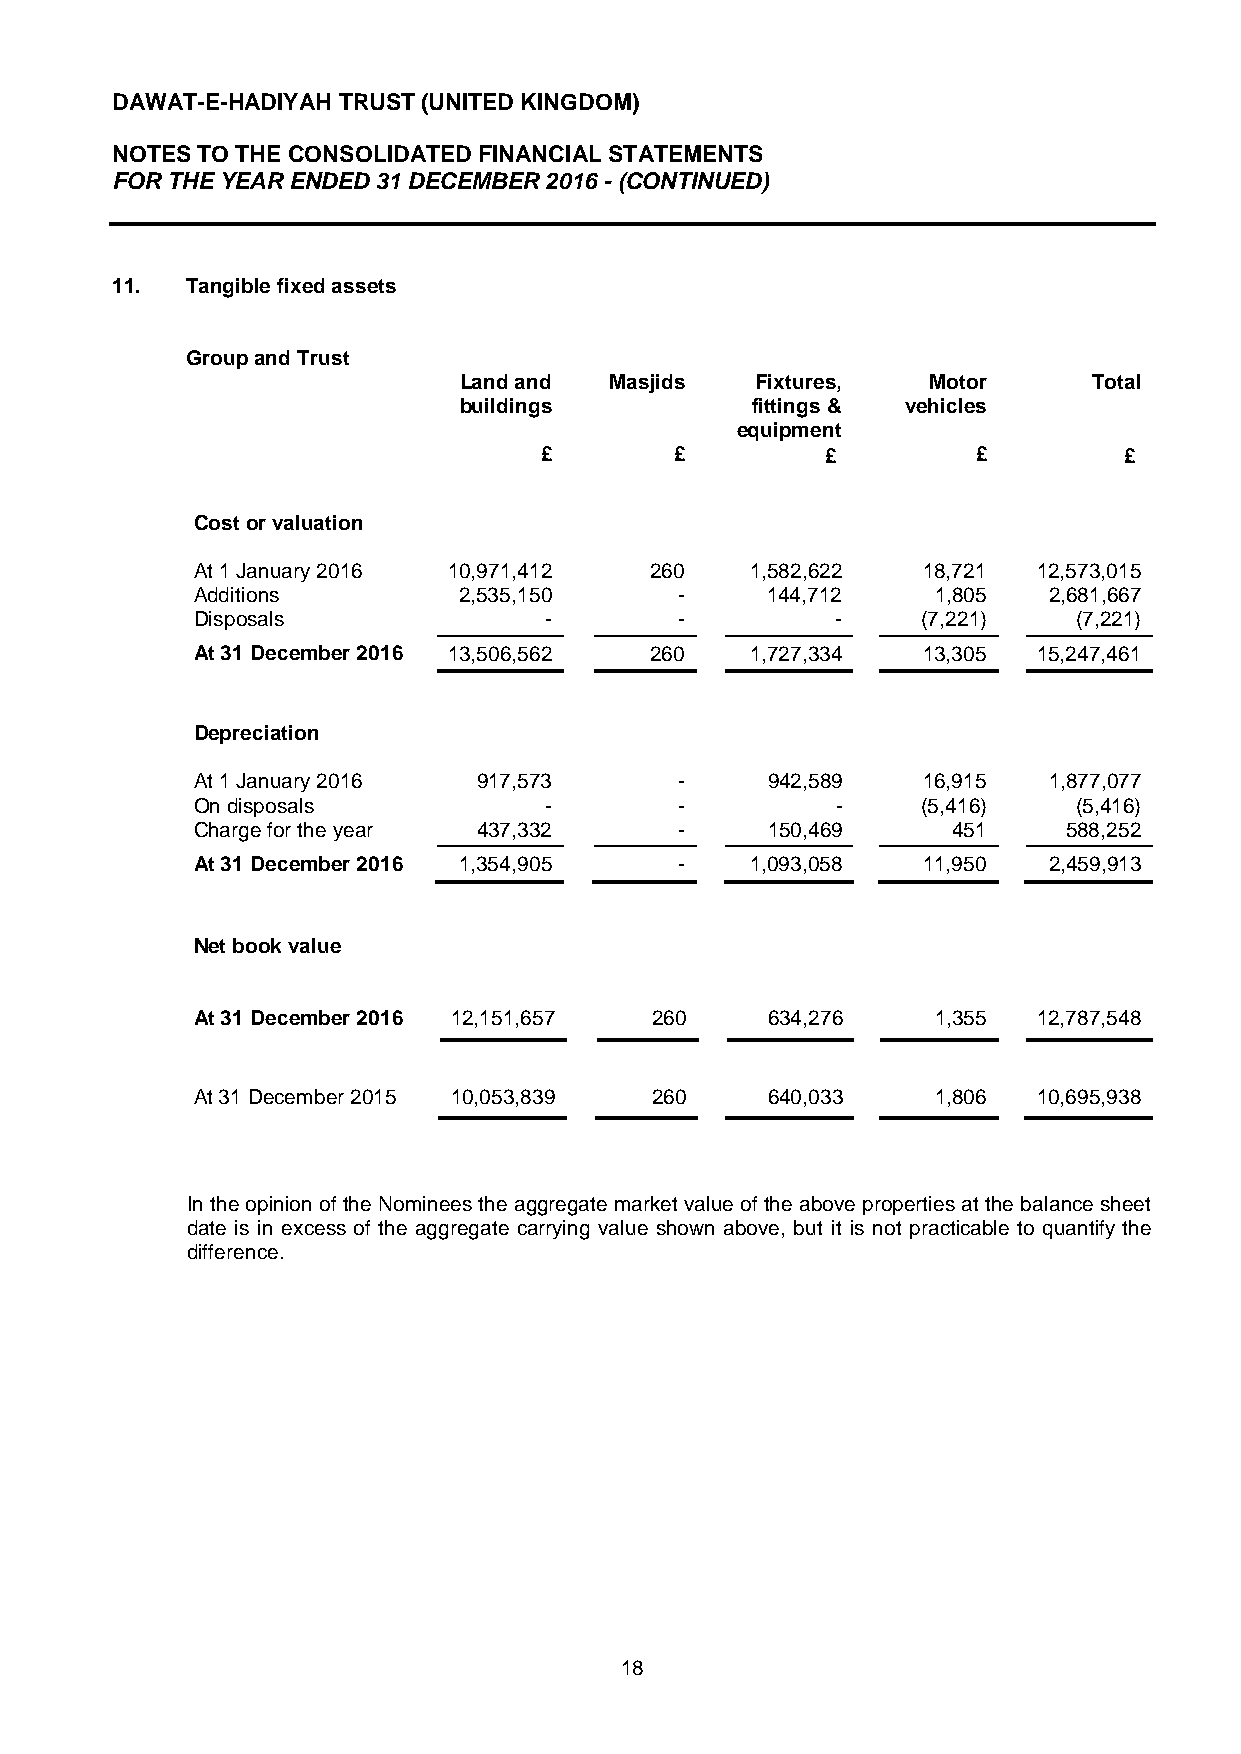
DAWAT-E-HADIYAH TRUST (UNITED KINGDOM)
 NOTES TO THE CONSOLIDATED FINANCIAL STATEMENTS
 FOR THE YEAR ENDED 31 DECEMBER 2016 - (CONTINUED)
 11.  Tangible fixed assets
 Group and Trust
 Land and  Masjids   Fixtures,  Motor      Total
 buildings           fittings & vehicles
 equipment
 £        £         £         £        £
 Cost or valuation
 At 1 January 2016 10,971,412  260    1,582,622  18,721  12,573,015
 Additions        2,535,150      -     144,712    1,805  2,681,667
 Disposals              -        -         -     (7,221)   (7,221)
 At 31 December 2016 13,506,562 260   1,727,334  13,305  15,247,461
 Depreciation
 At 1 January 2016  917,573      -     942,589   16,915  1,877,077
 On disposals           -        -         -     (5,416)   (5,416)
 Charge for the year 437,332     -     150,469     451     588,252
 At 31 December 2016 1,354,905   -    1,093,058  11,950  2,459,913
 Net book value
 At 31 December 2016 12,151,657 260    634,276    1,355  12,787,548
 At 31 December 2015 10,053,839 260    640,033    1,806  10,695,938
 In the opinion of the Nominees the aggregate market value of the above properties at the balance sheet
 date is in excess of the aggregate carrying value shown above, but it is not practicable to quantify the
 difference.
 18